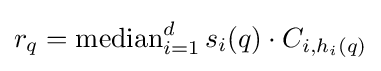
r_{q}={\text{median}}_{i=1}^{d}\,s_{i}(q)\cdot C_{i,h_{i}(q)}